Vaccination in Bombay 1924-1928 - 1924-1928
Year: 1924
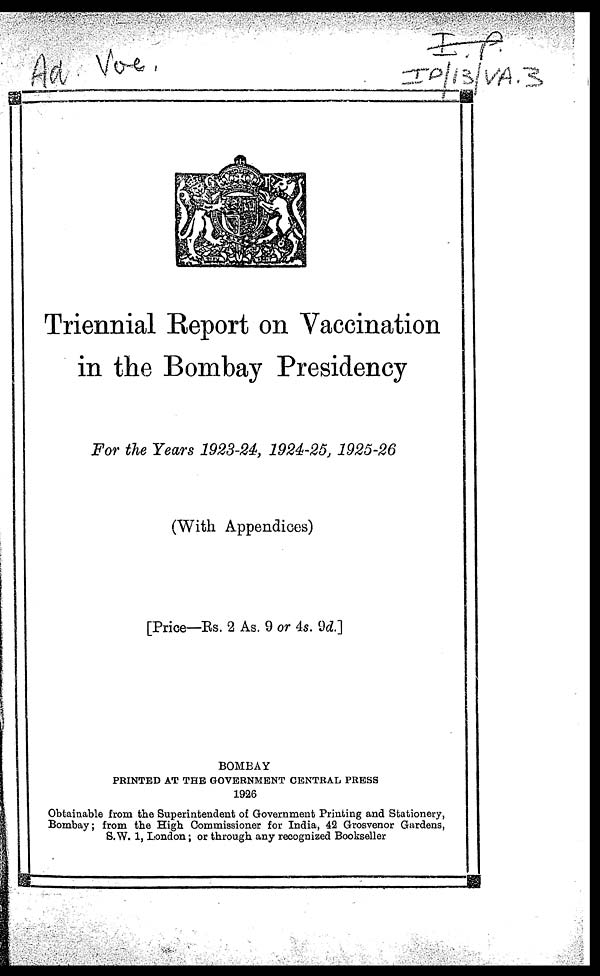
Triennial Report on Vaccination
in the Bombay Presidency
For the Years 1923-24, 1924-25, 1925-26
(With Appendices)
[Price—Rs. 2 As. 9 or 4s. 9d.]
BOMBAY
PRINTED AT THE GOVERNMENT CENTRAL PRESS
1926
Obtainable from the Superintendent of Government Printing and Stationery,
Bombay; from the High Commissioner for India, 42 Grosvenor Gardens,
S.W. 1, London; or through any recognized Bookseller